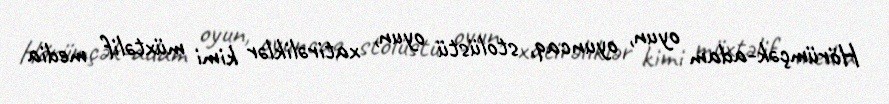
Hörümçək-adam oyun, oyuncaq, stolüstü oyun, xatirəliklər kimi müxtəlif media